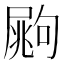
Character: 𡳏